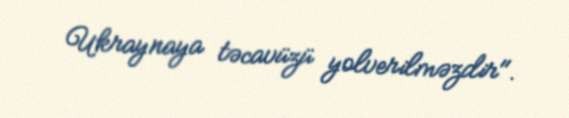
Ukraynaya təcavüzü yolverilməzdir".